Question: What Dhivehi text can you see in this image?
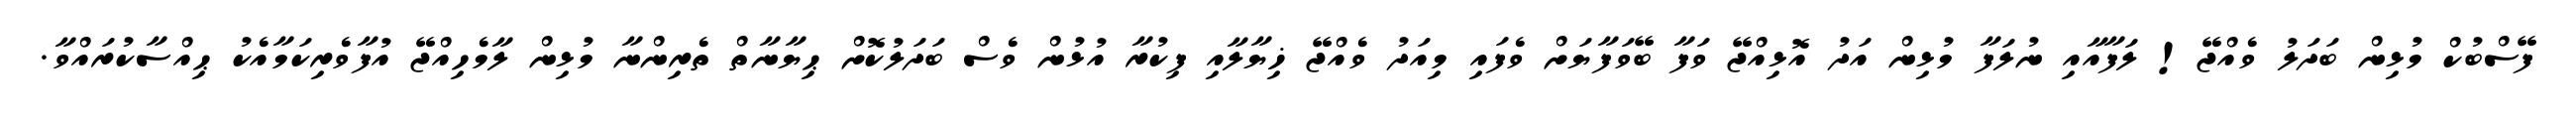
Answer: ފޭސްބުކް މުޅިން ބަދަލު ވެއްޖޭ! ލަފާއާއި ނުލަފާ މުޅިން އަދު އޮޅިއްޖޭ ވަފާ ބޭވަފާޔަށް ވެފައި މިއަދު ވެއްޖޭ ޚިޔާލާއި ފިކުރާ އުޅުން ވެސް ބަދަލުކޮށް ޙިޔާނާތް ތެރިންނާ މުޅިން ލާމެހިއްޖޭ އުފާވެރިކަމާއެކު ޙިއްސާކުރައްވާ.